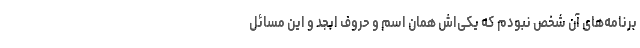
برنامه‌های آن شخص نبودم که یکی‌اش همان اسم و حروف ابجد و این مسائل